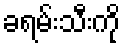
ခရမ်းသီးကို